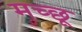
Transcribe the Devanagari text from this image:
मच्‍छू